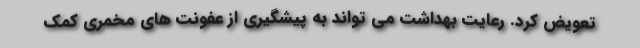
تعویض کرد. رعایت بهداشت می تواند به پیشگیری از عفونت های مخمری کمک